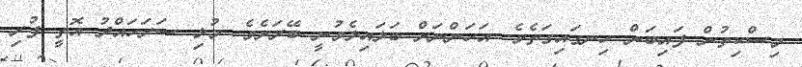
މިސްކިތުން ފައިބަން ހިނގައިގަތެވެ. އަހަންނަށް ބަލައިލެވުނީ ބޭރަށެވެ. މުޅި ސަރަހައްދު އޮތީ ފުރި